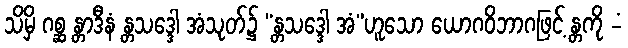
သိမှိ ဂစ္ဆ န္တာဒီနံ န္တသဒ္ဒေါ အံသုတ်၌ “န္တသဒ္ဒေါ အံ”ဟူသော ယောဂဝိဘာဂဖြင့် န္တကို -ံ